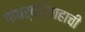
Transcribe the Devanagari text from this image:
गांधर्वविवाहाची